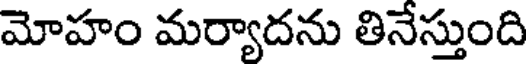
మోహం మర్యాదను తినేస్తుంది